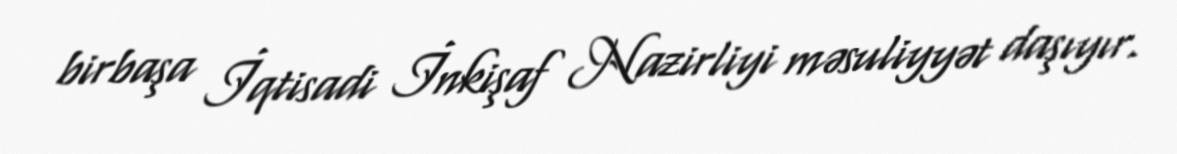
birbaşa İqtisadi İnkişaf Nazirliyi məsuliyyət daşıyır.